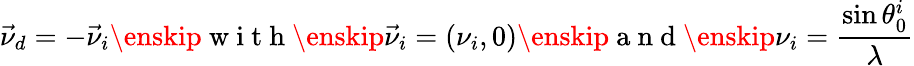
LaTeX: \vec{\nu}_{d}=-\vec{\nu}_{i}\enskip\mathrm{~w~i~t~h~}\enskip\vec{\nu}_{i}=(\nu_{i},0)\enskip\mathrm{~a~n~d~}\enskip\nu_{i}=\frac{\sin\theta_{0}^{i}}{\lambda}